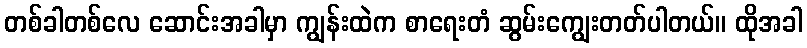
တစ်ခါတစ်လေ ဆောင်းအခါမှာ ကျွန်းထဲက စာရေးတံ ဆွမ်းကျွေးတတ်ပါတယ်။ ထိုအခါ